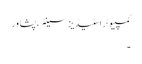
کمپیوٹر اسٹیڈیز سینٹر، پشاور
۔